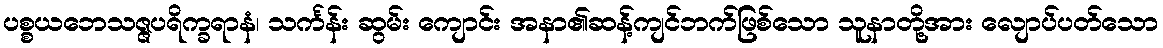
ပစ္စယဘေသဇ္ဇပရိက္ခရာနံ၊ သင်္ကန်း ဆွမ်း ကျောင်း အနာ၏ဆန့်ကျင်ဘက်ဖြစ်သော သူနာတို့အား လျောပ်ပတ်သော